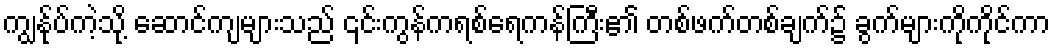
ကျွန်ုပ်ကဲ့သို့ ဆောင်ကျများသည် ၎င်းကွန်ကရစ်ရေကန်ကြီး၏ တစ်ဖက်တစ်ချက်၌ ခွက်များကိုကိုင်ကာ